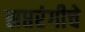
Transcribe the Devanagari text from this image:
सप्तरंगीचे